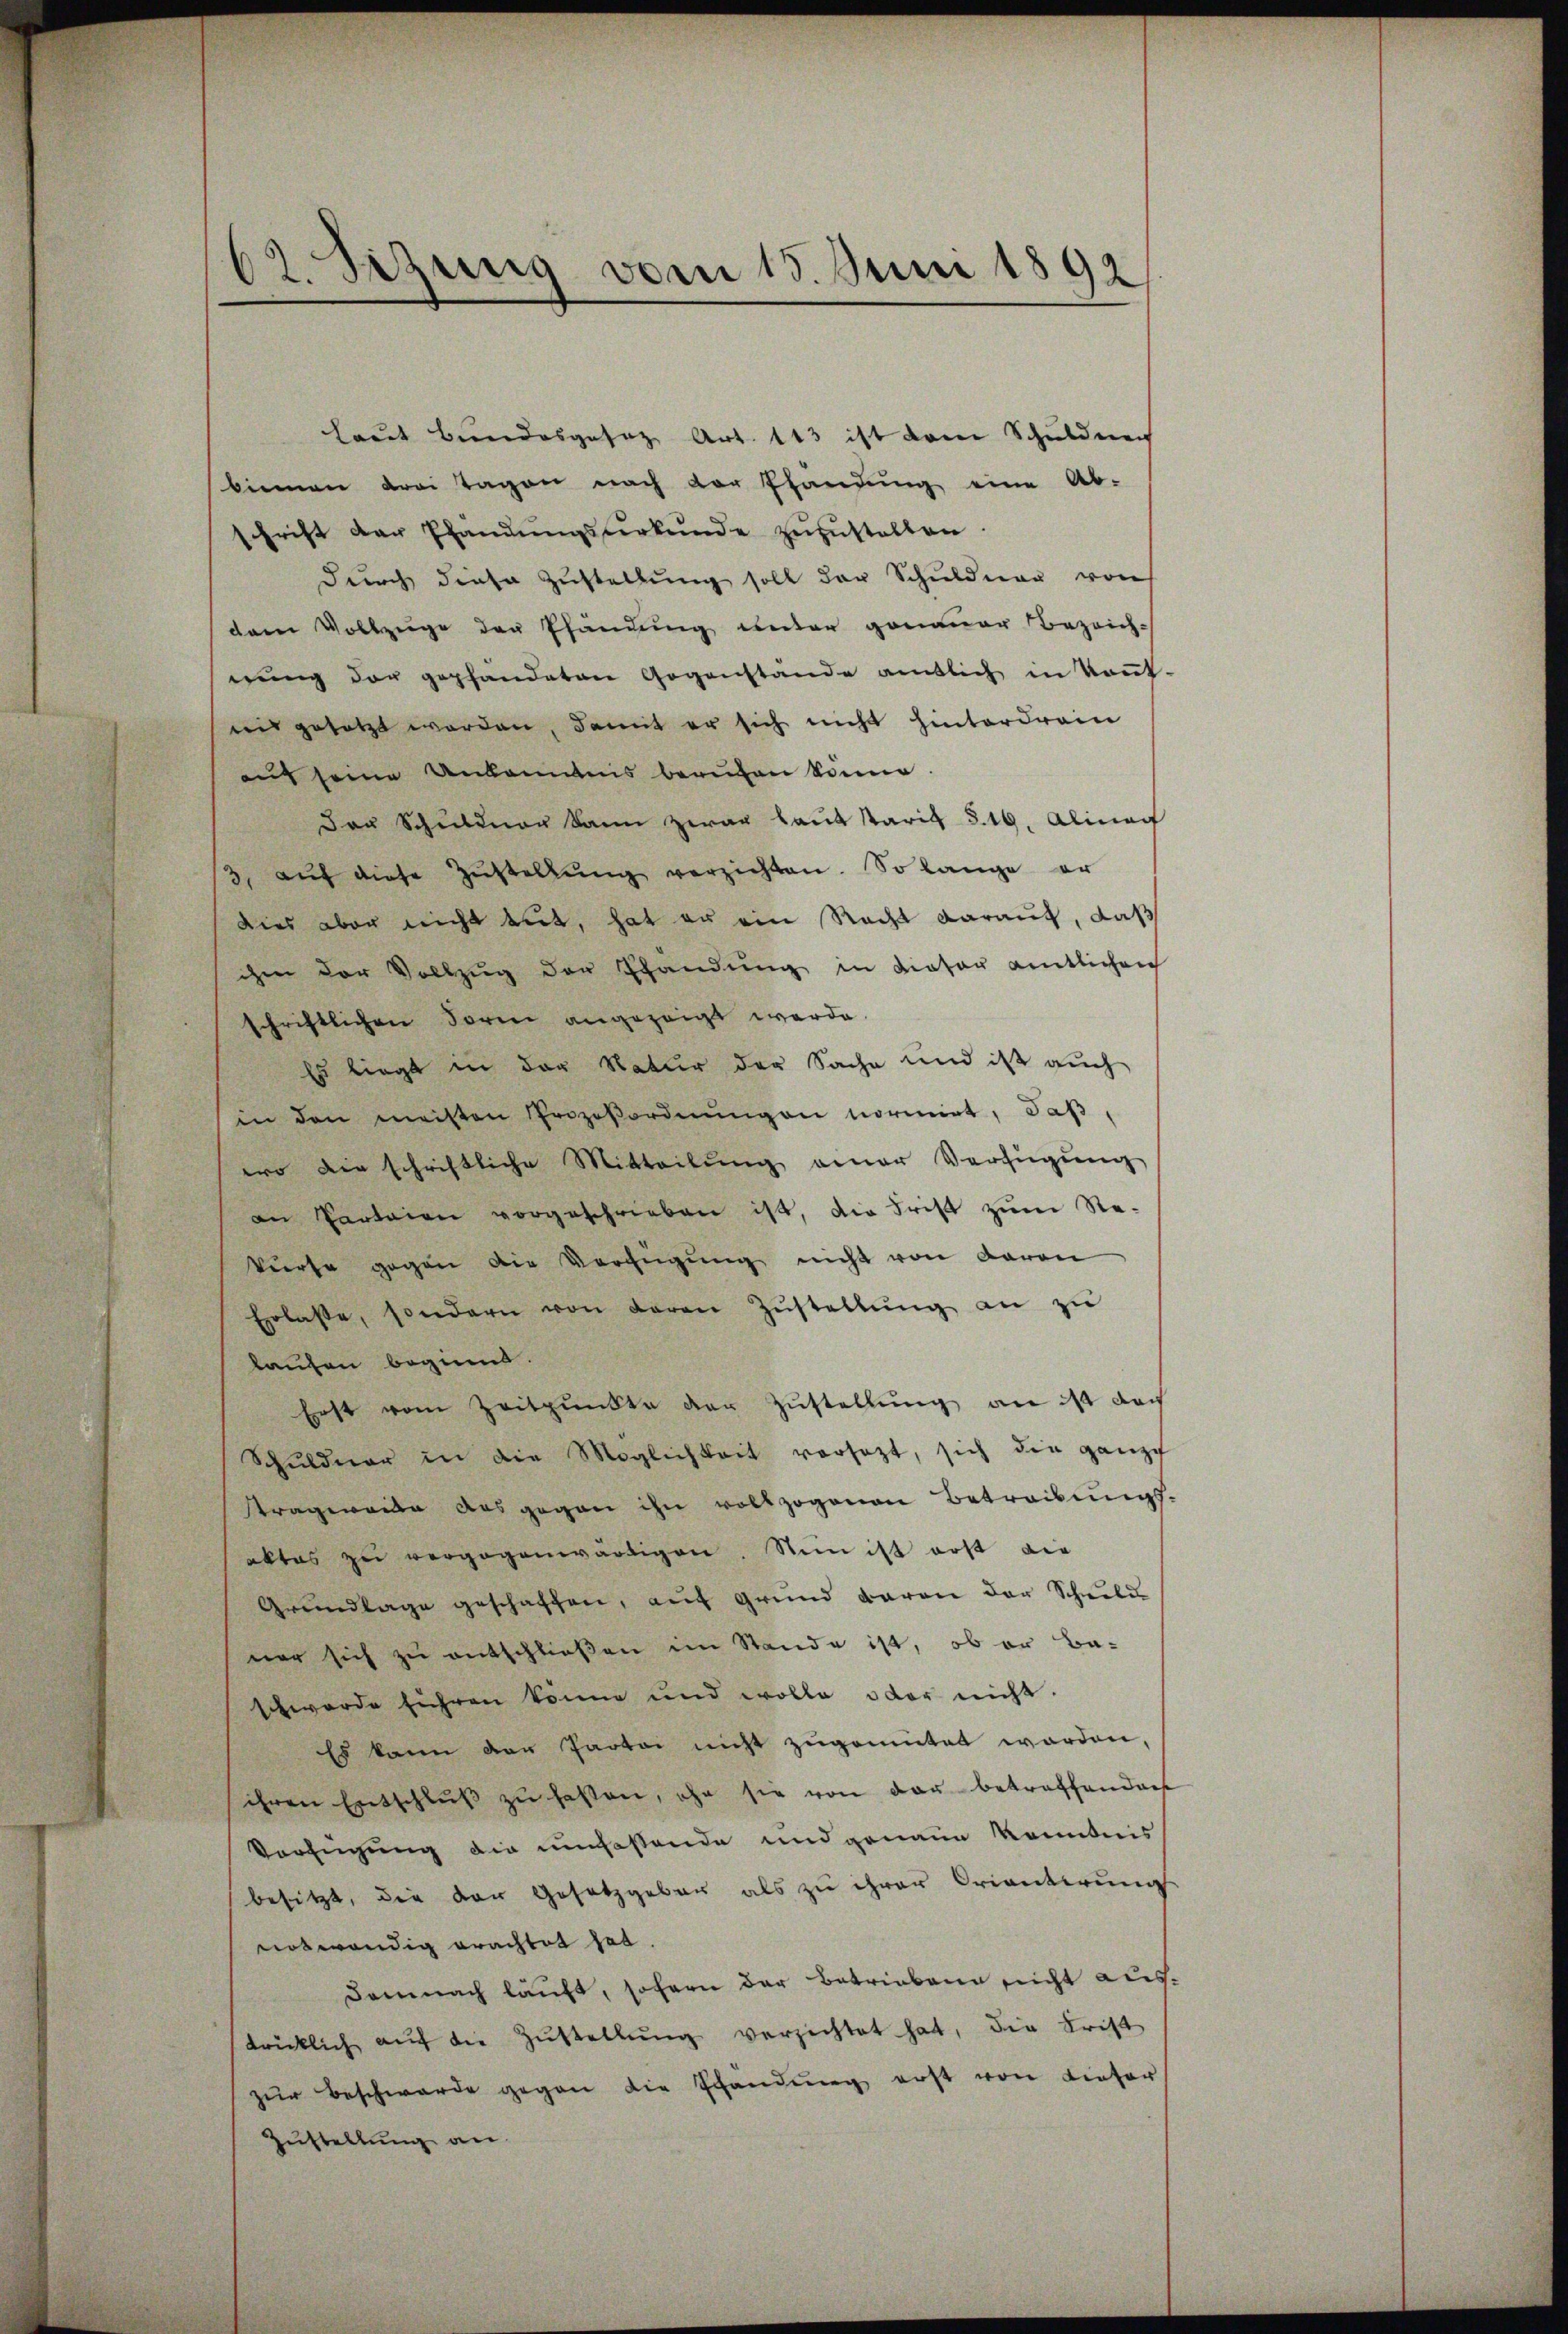
62. Sitzung vom 15. Juni 1892

laut Bundesgesez Art. 113 ist dem Schuldner
binnen drei Tagen nach der Pfändung eine Ab-
schrift der Pfandungsurkunde zuzustellen
durch diese Zustellung soll der Schuldner von
dem Vollzuge der Pfändung unter genauer Bezeich-
nung der gepfändeten Gegenstände amtlich in kant.
nis gesetzt worden, damit er sich nicht hinterdrain
auf seine Unkenntnis berufen könne
Der Schuldner kann zwar laut staris S. 16. Alinar
3. aŭf diese Zŭstellŭng verzichten. So lange er
dies aber nicht tut, hat er ein Recht darauf, daß
chen der Vollzug der Pfandung in dieser amtlichen
schriftlichen Form angezeigt werde.
Es liegt in der Natur der Sache und ist auch
in den meisten Prozeßordnungen normirt, daß
wo die schriftliche Mitteilung einer Verfügŭng
an Parteien vorgeschrieben ist, die Frist zŭm Re-
kurse gegen die Verfügung nicht von Baron
Erlasse, sondern von daran Zŭstellŭng an zŭ
laufen beginnt.
Erst vom Zeitpunkte der Zustellung an ist doch
Schŭldner in die Möglichkeit versetzt, sich die ganze
ragweide ausgegen ihn vollzogenen Betreibungsaktes zu vergegenwärtigen Nun ist erst die
Grundlage geschaffen, auf Grund daran der Schnell
ner sich zu entschließen im Stande ist, ob er Ba-
schwerde führen könne und wolle oder nicht.
Es kann der Partei nicht zugemutet worden,
ihren Entschlŭβ zŭ fassen, ohn sie von der betreffendach
Verfügung die umfassende und genaue Kenntnis
besitzt, die der Gesetzgeben als zu ihrer Orientirung
notwendig erachtet hat.
Demnach läuft, sofern der Betriebene sicht austricklich aŭf die Zŭstellŭng verzichtet hat, die Frist
zur Beschwerde gegen die Schändung erst von Liefer
Zustellung an.